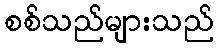
စစ်သည်များသည်